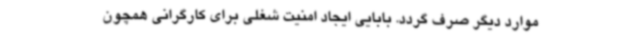
موارد دیگر صرف گردد. بابایی ایجاد امنیت شغلی برای کارگرانی همچون